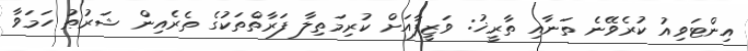
އިންޓަވިއު ކުރެވޭނެ ތަނާއި ތާރީޚު: ވަޒީފާއަށް ކުރިމަތިލާ ފަރާތްތަކުގެ ތެރެއިން ޝަރުޠު ހަމަވާ